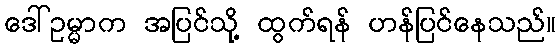
ဒေါ်ဥမ္မာက အပြင်သို့ ထွက်ရန် ဟန်ပြင်နေသည်။